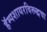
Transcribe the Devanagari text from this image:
हॅम्पशायरविरूद्धचा